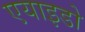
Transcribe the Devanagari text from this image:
एयाइडो